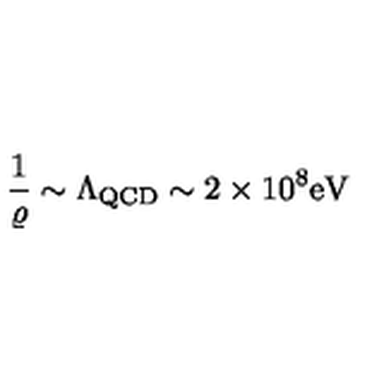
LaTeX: \frac { 1 } { \varrho } \sim \Lambda _ { \mathrm { \footnotesize Q C D } } \sim 2 \times 1 0 ^ { 8 } \mathrm { e V }